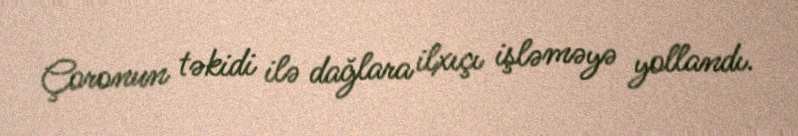
Çoronun təkidi ilə dağlara ilxıçı işləməyə yollandı.